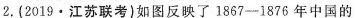
2.(2019·江苏联考)如图反映了1867-1876年中国的